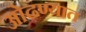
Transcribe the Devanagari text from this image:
ओढण्यात